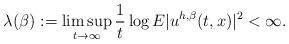
LaTeX: \begin{align*}\lambda(\beta):=\limsup_{t\to \infty}\frac{1}{t} \log E|u^{h,\beta}(t,x)|^2<\infty.\end{align*}